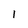
Character: 1